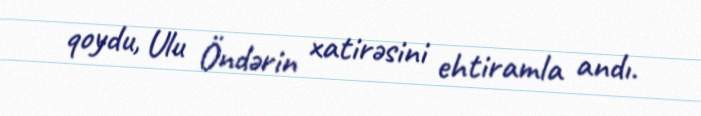
qoydu, Ulu Öndərin xatirəsini ehtiramla andı.